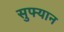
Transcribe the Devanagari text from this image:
सुफ्यान